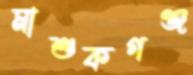
মাশুকগঞ্জ